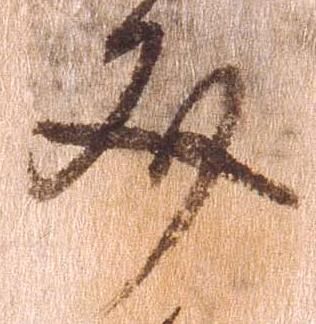
文